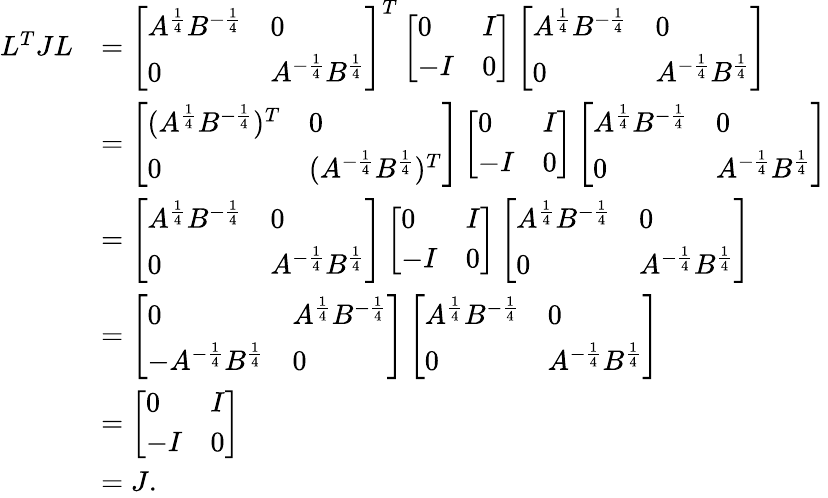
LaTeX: \begin{array}{rl}{L^{T}JL}&{=\left[\begin{array}{ll}{A^{\frac{1}{4}}B^{-\frac{1}{4}}}&{0}\\ {0}&{A^{-\frac{1}{4}}B^{\frac{1}{4}}}\end{array}\right]^{T}\left[\begin{array}{ll}{0}&{I}\\ {-I}&{0}\end{array}\right]\left[\begin{array}{ll}{A^{\frac{1}{4}}B^{-\frac{1}{4}}}&{0}\\ {0}&{A^{-\frac{1}{4}}B^{\frac{1}{4}}}\end{array}\right]}\\ &{=\left[\begin{array}{ll}{(A^{\frac{1}{4}}B^{-\frac{1}{4}})^{T}}&{0}\\ {0}&{(A^{-\frac{1}{4}}B^{\frac{1}{4}})^{T}}\end{array}\right]\left[\begin{array}{ll}{0}&{I}\\ {-I}&{0}\end{array}\right]\left[\begin{array}{ll}{A^{\frac{1}{4}}B^{-\frac{1}{4}}}&{0}\\ {0}&{A^{-\frac{1}{4}}B^{\frac{1}{4}}}\end{array}\right]}\\ &{=\left[\begin{array}{ll}{A^{\frac{1}{4}}B^{-\frac{1}{4}}}&{0}\\ {0}&{A^{-\frac{1}{4}}B^{\frac{1}{4}}}\end{array}\right]\left[\begin{array}{ll}{0}&{I}\\ {-I}&{0}\end{array}\right]\left[\begin{array}{ll}{A^{\frac{1}{4}}B^{-\frac{1}{4}}}&{0}\\ {0}&{A^{-\frac{1}{4}}B^{\frac{1}{4}}}\end{array}\right]}\\ &{=\left[\begin{array}{ll}{0}&{A^{\frac{1}{4}}B^{-\frac{1}{4}}}\\ {-A^{-\frac{1}{4}}B^{\frac{1}{4}}}&{0}\end{array}\right]\left[\begin{array}{ll}{A^{\frac{1}{4}}B^{-\frac{1}{4}}}&{0}\\ {0}&{A^{-\frac{1}{4}}B^{\frac{1}{4}}}\end{array}\right]}\\ &{=\left[\begin{array}{ll}{0}&{I}\\ {-I}&{0}\end{array}\right]}\\ &{=J.}\end{array}